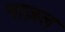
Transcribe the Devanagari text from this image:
नाज़ल